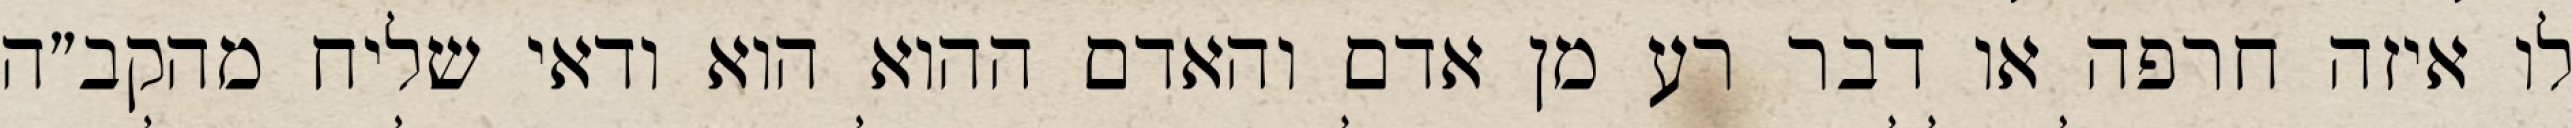
לו איזה חרפה או דבר רע מן אדם והאדם ההוא הוא ודאי שליח מהקב״ה